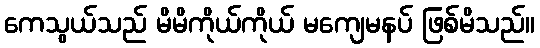
ကေသွယ်သည် မိမိကိုယ်ကိုယ် မကျေမနပ် ဖြစ်မိသည်။